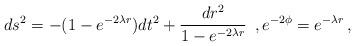
LaTeX: \begin{align*}ds^2= - (1-e^{-2\lambda r}) dt^2 + \frac{dr^2}{1-e^{-2\lambda r}} \,\,\, , e^{-2\phi}=e^{-\lambda r}\, , \end{align*}